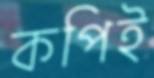
কপিই